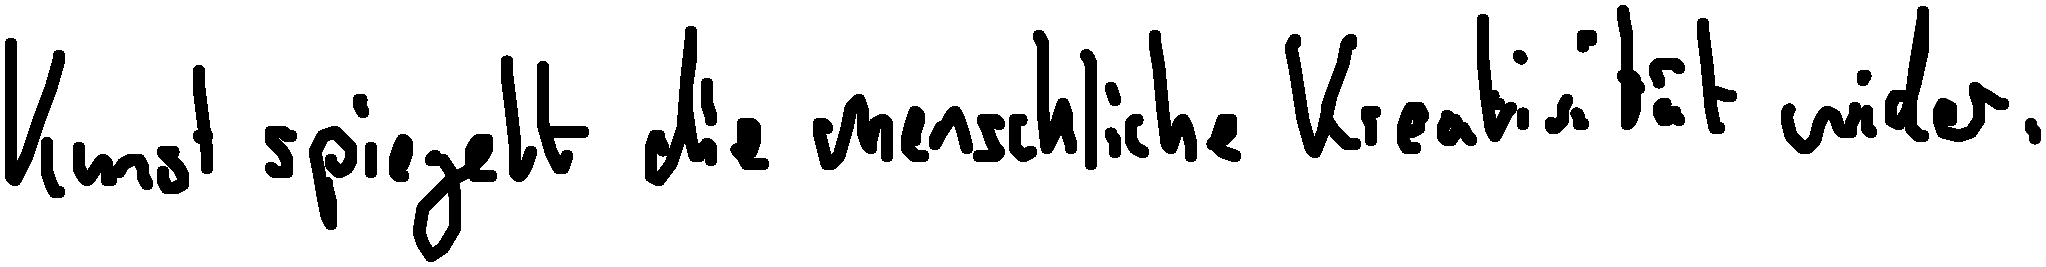
Kunst spiegelt die menschliche Kreativität wider.